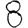
Digit: 8